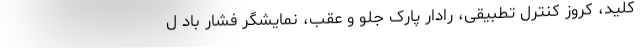
کلید، کروز کنترل تطبیقی، رادار پارک جلو و عقب، نمایشگر فشار باد ل